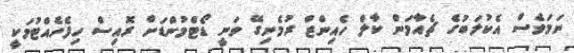
ނަމަވެސް އެކުލަބުގެ ޗެއާމަން ކާލް ހެއިންޒް ރުމެނިގޭ ވަނީ ޑޯޓްމުންޑަށް ރޮއިސް ހިފެހެއްޓުމަކީ